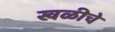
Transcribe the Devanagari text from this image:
खळीचे